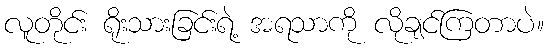
လူတိုင်း ရိုးသားခြင်းရဲ့ အရသာကို လိုချင်ကြတာပဲ။